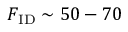
F _ { \mathrm { I D } } \sim 5 0 - 7 0 \